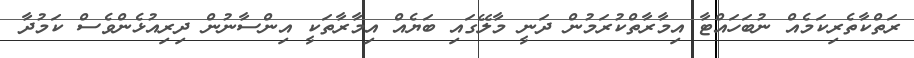
ރަތްކާތެރިކަމެއް ނުބަހައްޓާ އިމާރާތްކުރަމުން ދަނީ މާލޭގައި ބަޔެއް އިމާރާތަކީ އިންސާނުން ދިރިއުޅެންވެސް ކަމުދާ